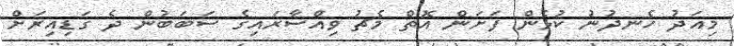
މިއަދު ހެނދުނު ކުޅެން ފަށަން އޮތް މެޗު ވިއްސާރައިގެ ސަބަބުން ދެ ގަޑިއިރަށް